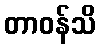
တာဝန်သိ